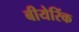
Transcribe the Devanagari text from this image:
बीयेरिंक